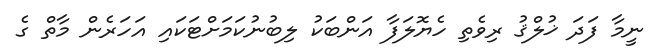
ނީމާ ފަދަ ޚުލްޤު ރިވެތި ހެޔޮލަފާ އަންބަކު ލިބުނުކަމަށްޓަކައި އަހަރެން މާތް ގެ